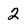
Character: 2